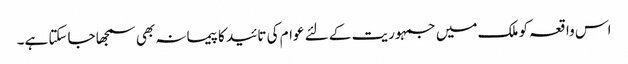
اس واقعہ کو ملک میں جمہوریت کے لئے عوام کی تائید کا پیمانہ بھی سمجھا جاسکتا ہے۔